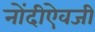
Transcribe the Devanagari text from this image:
नोंदीऐवजी